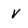
Character: V